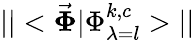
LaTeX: ||<\vec{\boldsymbol{\Phi}}\vert\Phi_{\lambda=l}^{k,c}>||